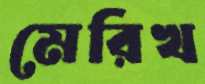
মেরিখ